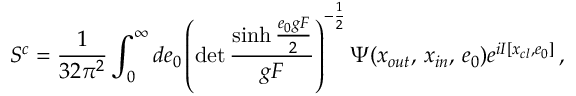
S \sp c = { \frac { 1 } { 3 2 \pi \sp 2 } } \int \sb 0 \sp \infty d e \sb 0 \left( \operatorname * { d e t } \frac { \sinh \frac { e \sb 0 g F } { 2 } } { g F } \right) \sp { - \frac { 1 } { 2 } } \Psi ( x \sb { o u t } , \, x \sb { i n } , \, e \sb 0 ) e \sp { { i } I \lbrack x \sb { c l } , e \sb 0 \rbrack } \, ,